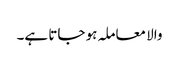
والا معاملہ ہو جاتا ہے۔